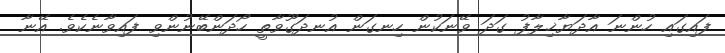
ފައިގައި ހުންނަ އާދަޔާޚިލާފު ގަދަ ވޭނަކުން ހިނގަން އުނދަގޫވާތީ ހޯދަންބޭނުންވި ފައިވާނެކެވެ. އޭނާ